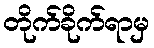
တိုက်ခိုက်ရာမှ